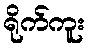
ရိုက်ကူး